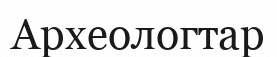
Археологтар